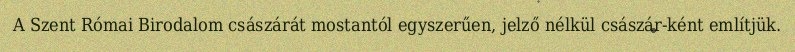
A Szent Római Birodalom császárát mostantól egyszerűen, jelző nélkül császár-ként említjük.